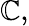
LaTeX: \mathbb{C},